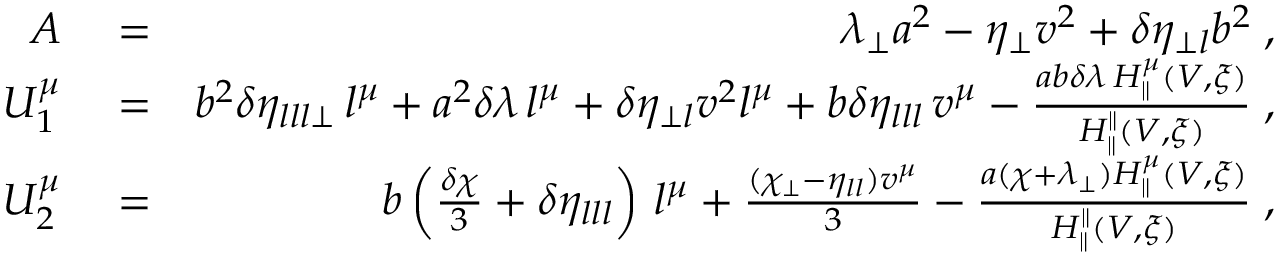
\begin{array} { r l r } { A } & { { } = } & { \lambda _ { \perp } a ^ { 2 } - \eta _ { \perp } v ^ { 2 } + \delta \eta _ { \perp l } b ^ { 2 } \; , } \\ { U _ { 1 } ^ { \mu } } & { { } = } & { b ^ { 2 } \delta \eta _ { l l l \perp } \, l ^ { \mu } + a ^ { 2 } \delta \lambda \, l ^ { \mu } + \delta \eta _ { \perp l } v ^ { 2 } l ^ { \mu } + b \delta \eta _ { l l l } \, v ^ { \mu } - \frac { a b \delta \lambda \, H _ { \parallel } ^ { \mu } ( V , \xi ) } { H _ { \parallel } ^ { \parallel } ( V , \xi ) } \; , } \\ { U _ { 2 } ^ { \mu } } & { { } = } & { b \left( \frac { \delta \chi } { 3 } + \delta \eta _ { l l l } \right) \, l ^ { \mu } + \frac { ( \chi _ { \perp } - \eta _ { l l } ) v ^ { \mu } } { 3 } - \frac { a ( \chi + \lambda _ { \perp } ) H _ { \parallel } ^ { \mu } ( V , \xi ) } { H _ { \parallel } ^ { \parallel } ( V , \xi ) } \; , } \end{array}